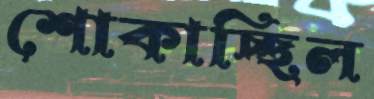
শোকাচ্ছিল